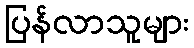
ပြန်လာသူများ